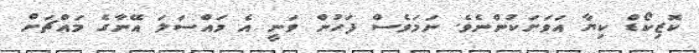
ކޮޒިކޯޑް ކިޔާ އަވަށަކުންނެވެ. ނަމަވެސް ފަހުން ވަނީ އެ މައްސަލަ އޭނާގެ މައްޗަށް